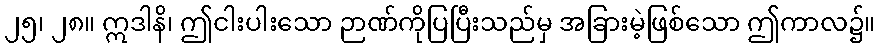
၂၅၊ ၂၈။ ဣဒါနိ၊ ဤငါးပါးသော ဉာဏ်ကိုပြပြီးသည်မှ အခြားမဲ့ဖြစ်သော ဤကာလ၌။